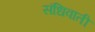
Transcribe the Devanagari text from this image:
संधिवाती